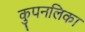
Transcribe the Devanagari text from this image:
कुपनलिका